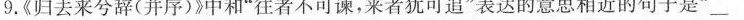
9.《归去来兮辞(并序)》中和”往者不可谏，来者犹可追”表达的意思相近的句子是”__